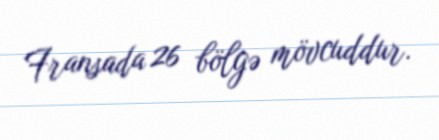
Fransada 26 bölgə mövcuddur.